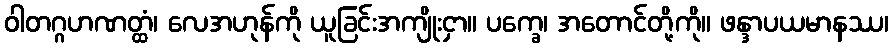
ဝါတဂ္ဂဟဏတ္ထံ၊ လေအဟုန်ကို ယူခြင်းအကျိုးငှာ။ ပက္ခေ၊ အတောင်တို့ကို။ ဖန္ဒာပယမာနဿ၊